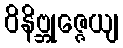
ဝိနိဗ္ဘုဇ္ဇေယျ